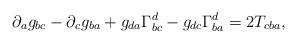
\begin{align*}\partial _ag_{bc}-\partial _cg_{ba}+g_{da}\Gamma _{bc}^d-g_{dc}\Gamma_{ba}^d=2T_{cba}, \end{align*}